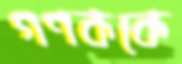
গণককে